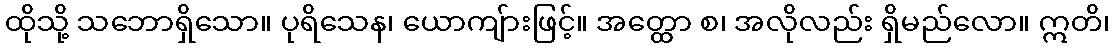
ထိုသို့ သဘောရှိသော။ ပုရိသေန၊ ယောကျ်ားဖြင့်။ အတ္ထော စ၊ အလိုလည်း ရှိမည်လော။ ဣတိ၊